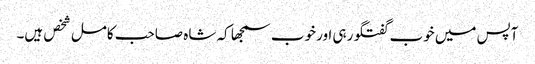
آپس میں خوب گفتگو رہی اور خوب سمجھا کہ شاہ صاحب کامل شخص ہیں۔